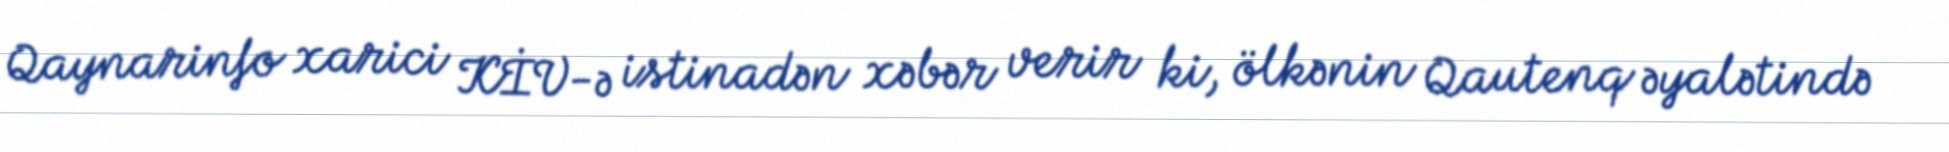
Qaynarinfo xarici KİV-ə istinadən xəbər verir ki, ölkənin Qautenq əyalətində